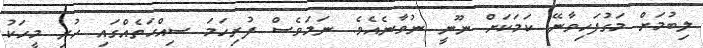
ލިބުމަށް މަގުފަހިވާނޭ ކަމަކަށް ނޫނީ ނުވާނެއެވެ. ނަމަވެސް ފުރިހަމަ ސިއްޙަތެއްގައި ހުރި މީހަކު